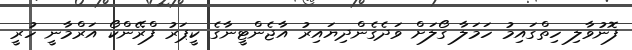
ފޮނުވާލި ހިތްގައިމު ހަމަލާ ގޯލަށް ވަދެގެންދިޔައިރު އާޖެންޓީނާގެ ކީޕަރު ފްރޭންކޯ އަރްމާނީ ހުރީ